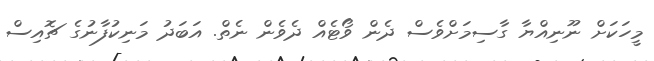
މީހަކަށް ނޫނިއްޔާ ގާސިމަށްވެސް ދެން ވޯޓެއް ދެވެން ނެތް. އަބަދު މަނިކުފާނުގެ ޗޮއިސް